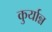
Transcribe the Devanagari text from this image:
कुर्यान्न